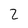
Character: 2